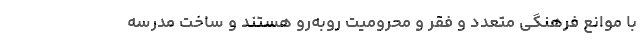
با موانع فرهنگی متعدد و فقر و محرومیت روبه‌رو هستند و ساخت مدرسه